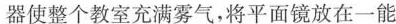
器使整个教室充满雾气，将平面镜放在一能